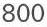
800